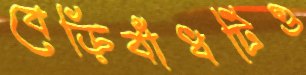
বেড়িবাঁধটিও